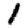
Digit: 1